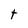
Character: t